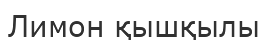
Лимон қышқылы